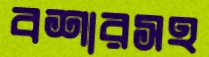
বশারসহ